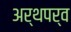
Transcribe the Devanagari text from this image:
अर्थपर्व